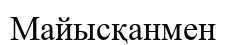
Майысқанмен